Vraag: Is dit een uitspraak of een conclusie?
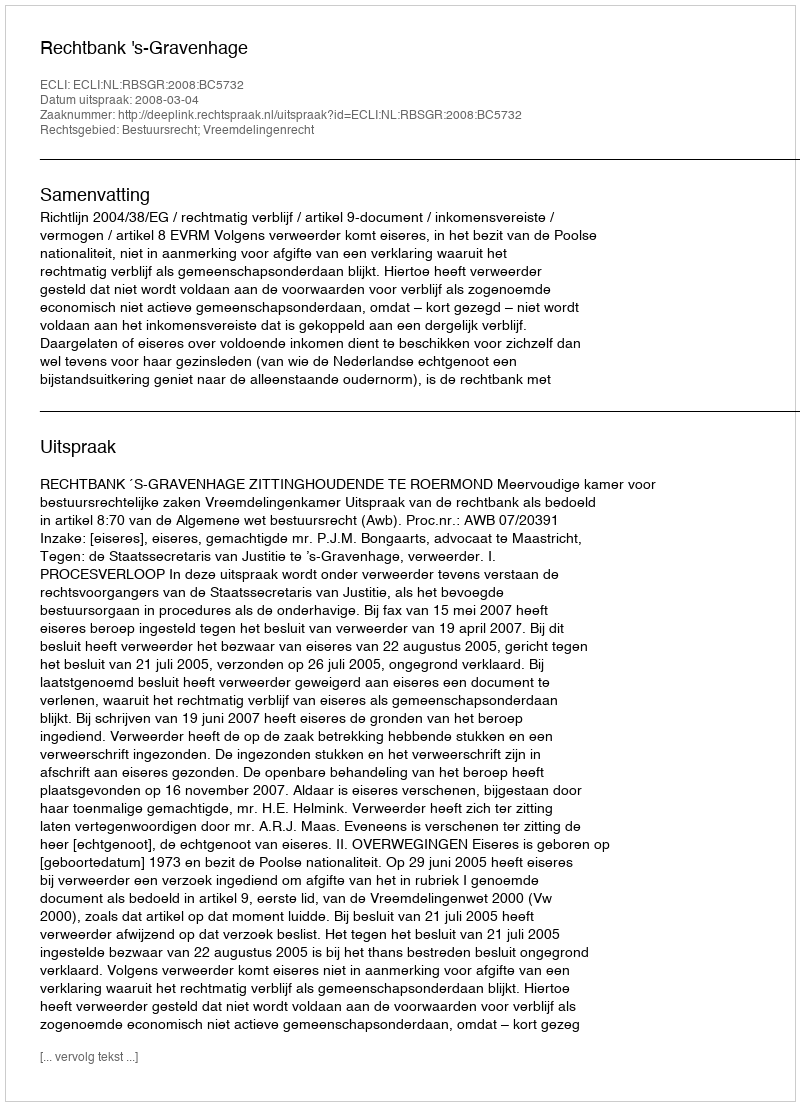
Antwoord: Uitspraak